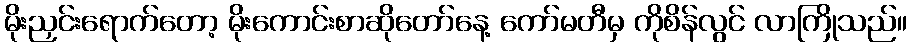
မိုးညှင်းရောက်တော့ မိုးကောင်းစာဆိုတော်နေ့ ကော်မတီမှ ကိုစိန်လွင် လာကြိုသည်။